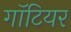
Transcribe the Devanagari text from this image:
गॉटियर